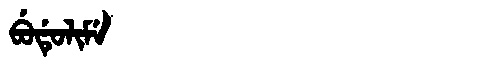
Manchu: ᠪᡠᡩᡠᠯᡳᠮᡝ
Romanization: BUDULIME